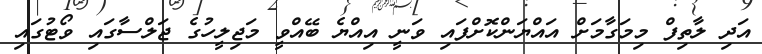
އަދި ލާތިފް މިމަގާމަށް އައްޔަންކޮށްފައި ވަނީ އިއްޔެ ބޭއްވީ މަޖިލީހުގެ ޖަލްސާގައި ވޯޓުގައި